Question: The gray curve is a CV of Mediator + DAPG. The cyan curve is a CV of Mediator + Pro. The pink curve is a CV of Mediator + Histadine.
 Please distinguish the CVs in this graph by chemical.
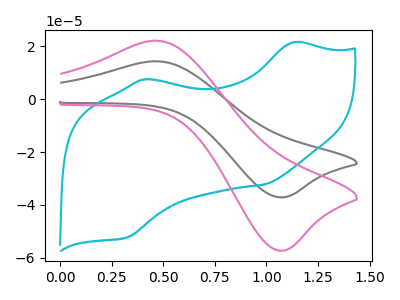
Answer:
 <answer>The gray curve is labeled "Mediator + DAPG". The cyan curve is labeled "Mediator + Pro". The pink curve is labeled "Mediator + Histadine".</answer>
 <eval></eval>